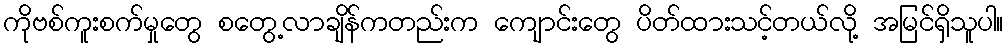
ကိုဗစ်ကူးစက်မှုတွေ စတွေ့လာချိန်ကတည်းက ကျောင်းတွေ ပိတ်ထားသင့်တယ်လို့ အမြင်ရှိသူပါ။